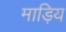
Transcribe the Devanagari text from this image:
माड़िय